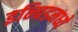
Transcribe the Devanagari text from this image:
इन्ग्रिडमध्ये